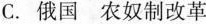
AC.俄国农奴制改革